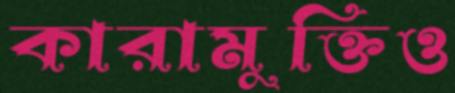
কারামুক্তিও